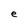
Character: e